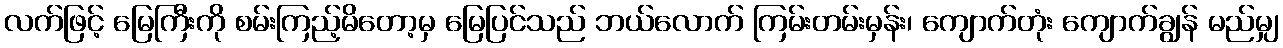
လက်ဖြင့် မြေကြီးကို စမ်းကြည့်မိတော့မှ မြေပြင်သည် ဘယ်လောက် ကြမ်းတမ်းမှန်း၊ ကျောက်တုံး ကျောက်ချွန် မည်မျှ